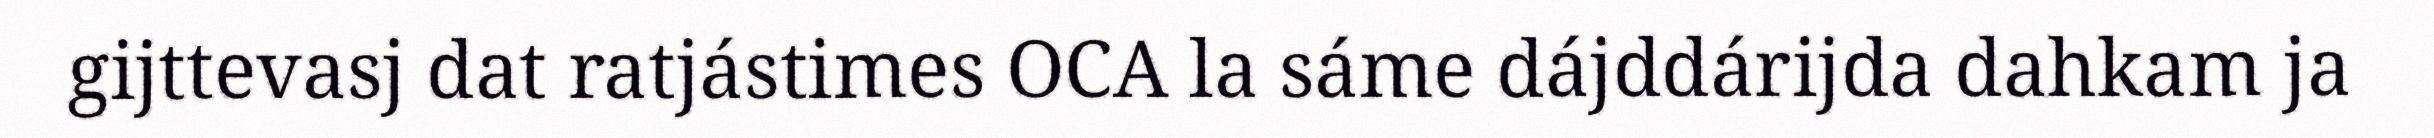
gijttevasj dat ratjástimes OCA la sáme dájddárijda dahkam ja